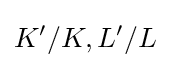
K'/K,L'/L